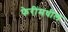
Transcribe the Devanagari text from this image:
फेरींमधील